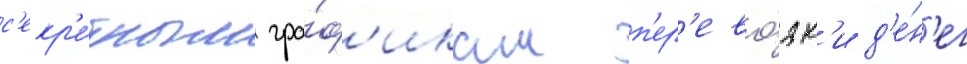
с'екр'е́тным гра́ф'икам п'ер'ево́зк'и д'е́н'ег